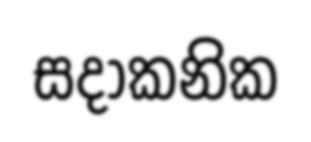
සදාකනික